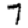
Digit: 7